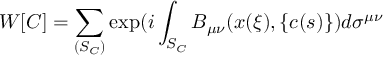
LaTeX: W [ C ] = \sum _ { ( S _ { C } ) } \exp ( i \int _ { S _ { C } } B _ { \mu \nu } ( x ( \xi ) , \{ c ( s ) \} ) d \sigma ^ { \mu \nu }